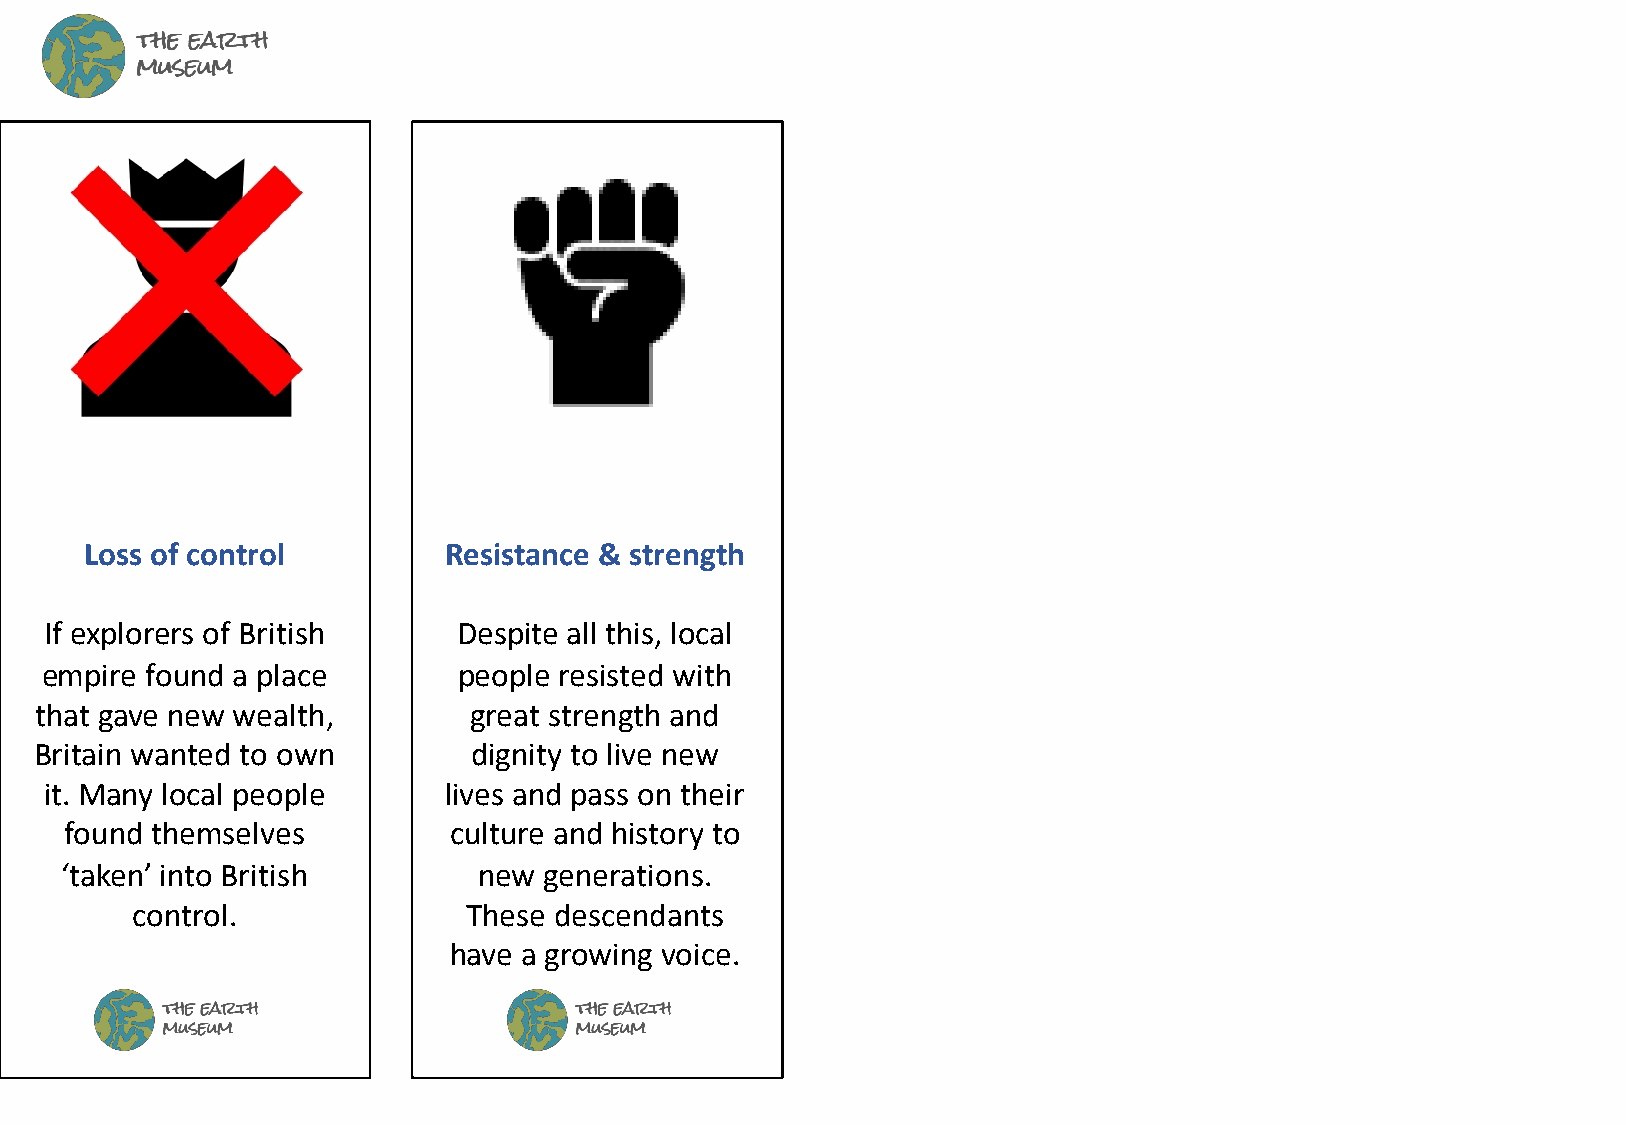
Loss of control        Resistance & strength
 If explorers of British    Despite all this, local
 empire found a place       people resisted with
 that gave new wealth,        great strength and
 Britain wanted to own        dignity to live new
 it. Many local people     lives and pass on their
 found themselves          culture and history to
 ‘taken’ into British        new generations.
 control.              These descendants
 have a growing voice.